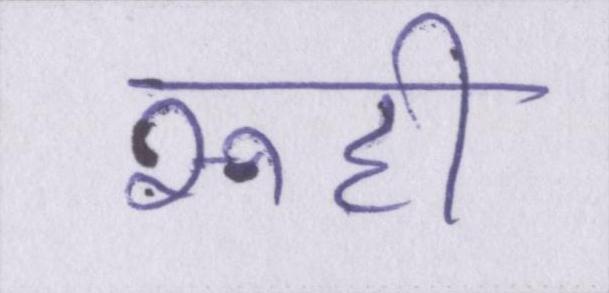
रूही